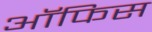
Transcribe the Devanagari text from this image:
अॉफिस